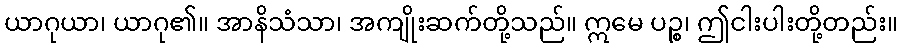
ယာဂုယာ၊ ယာဂု၏။ အာနိသံသာ၊ အကျိုးဆက်တို့သည်။ ဣမေ ပဉ္စ၊ ဤငါးပါးတို့တည်း။